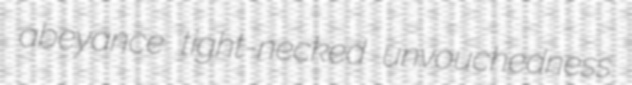
abeyance tight-necked unvouchedness